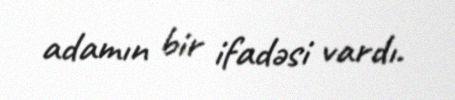
adamın bir ifadəsi vardı.